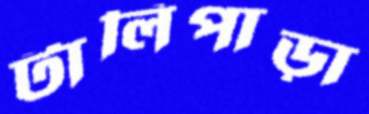
টালিপাড়া